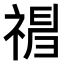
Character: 𥛃